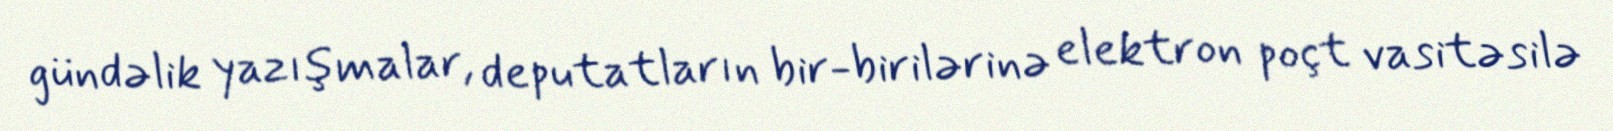
gündəlik yazışmalar, deputatların bir-birilərinə elektron poçt vasitəsilə